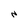
Character: N